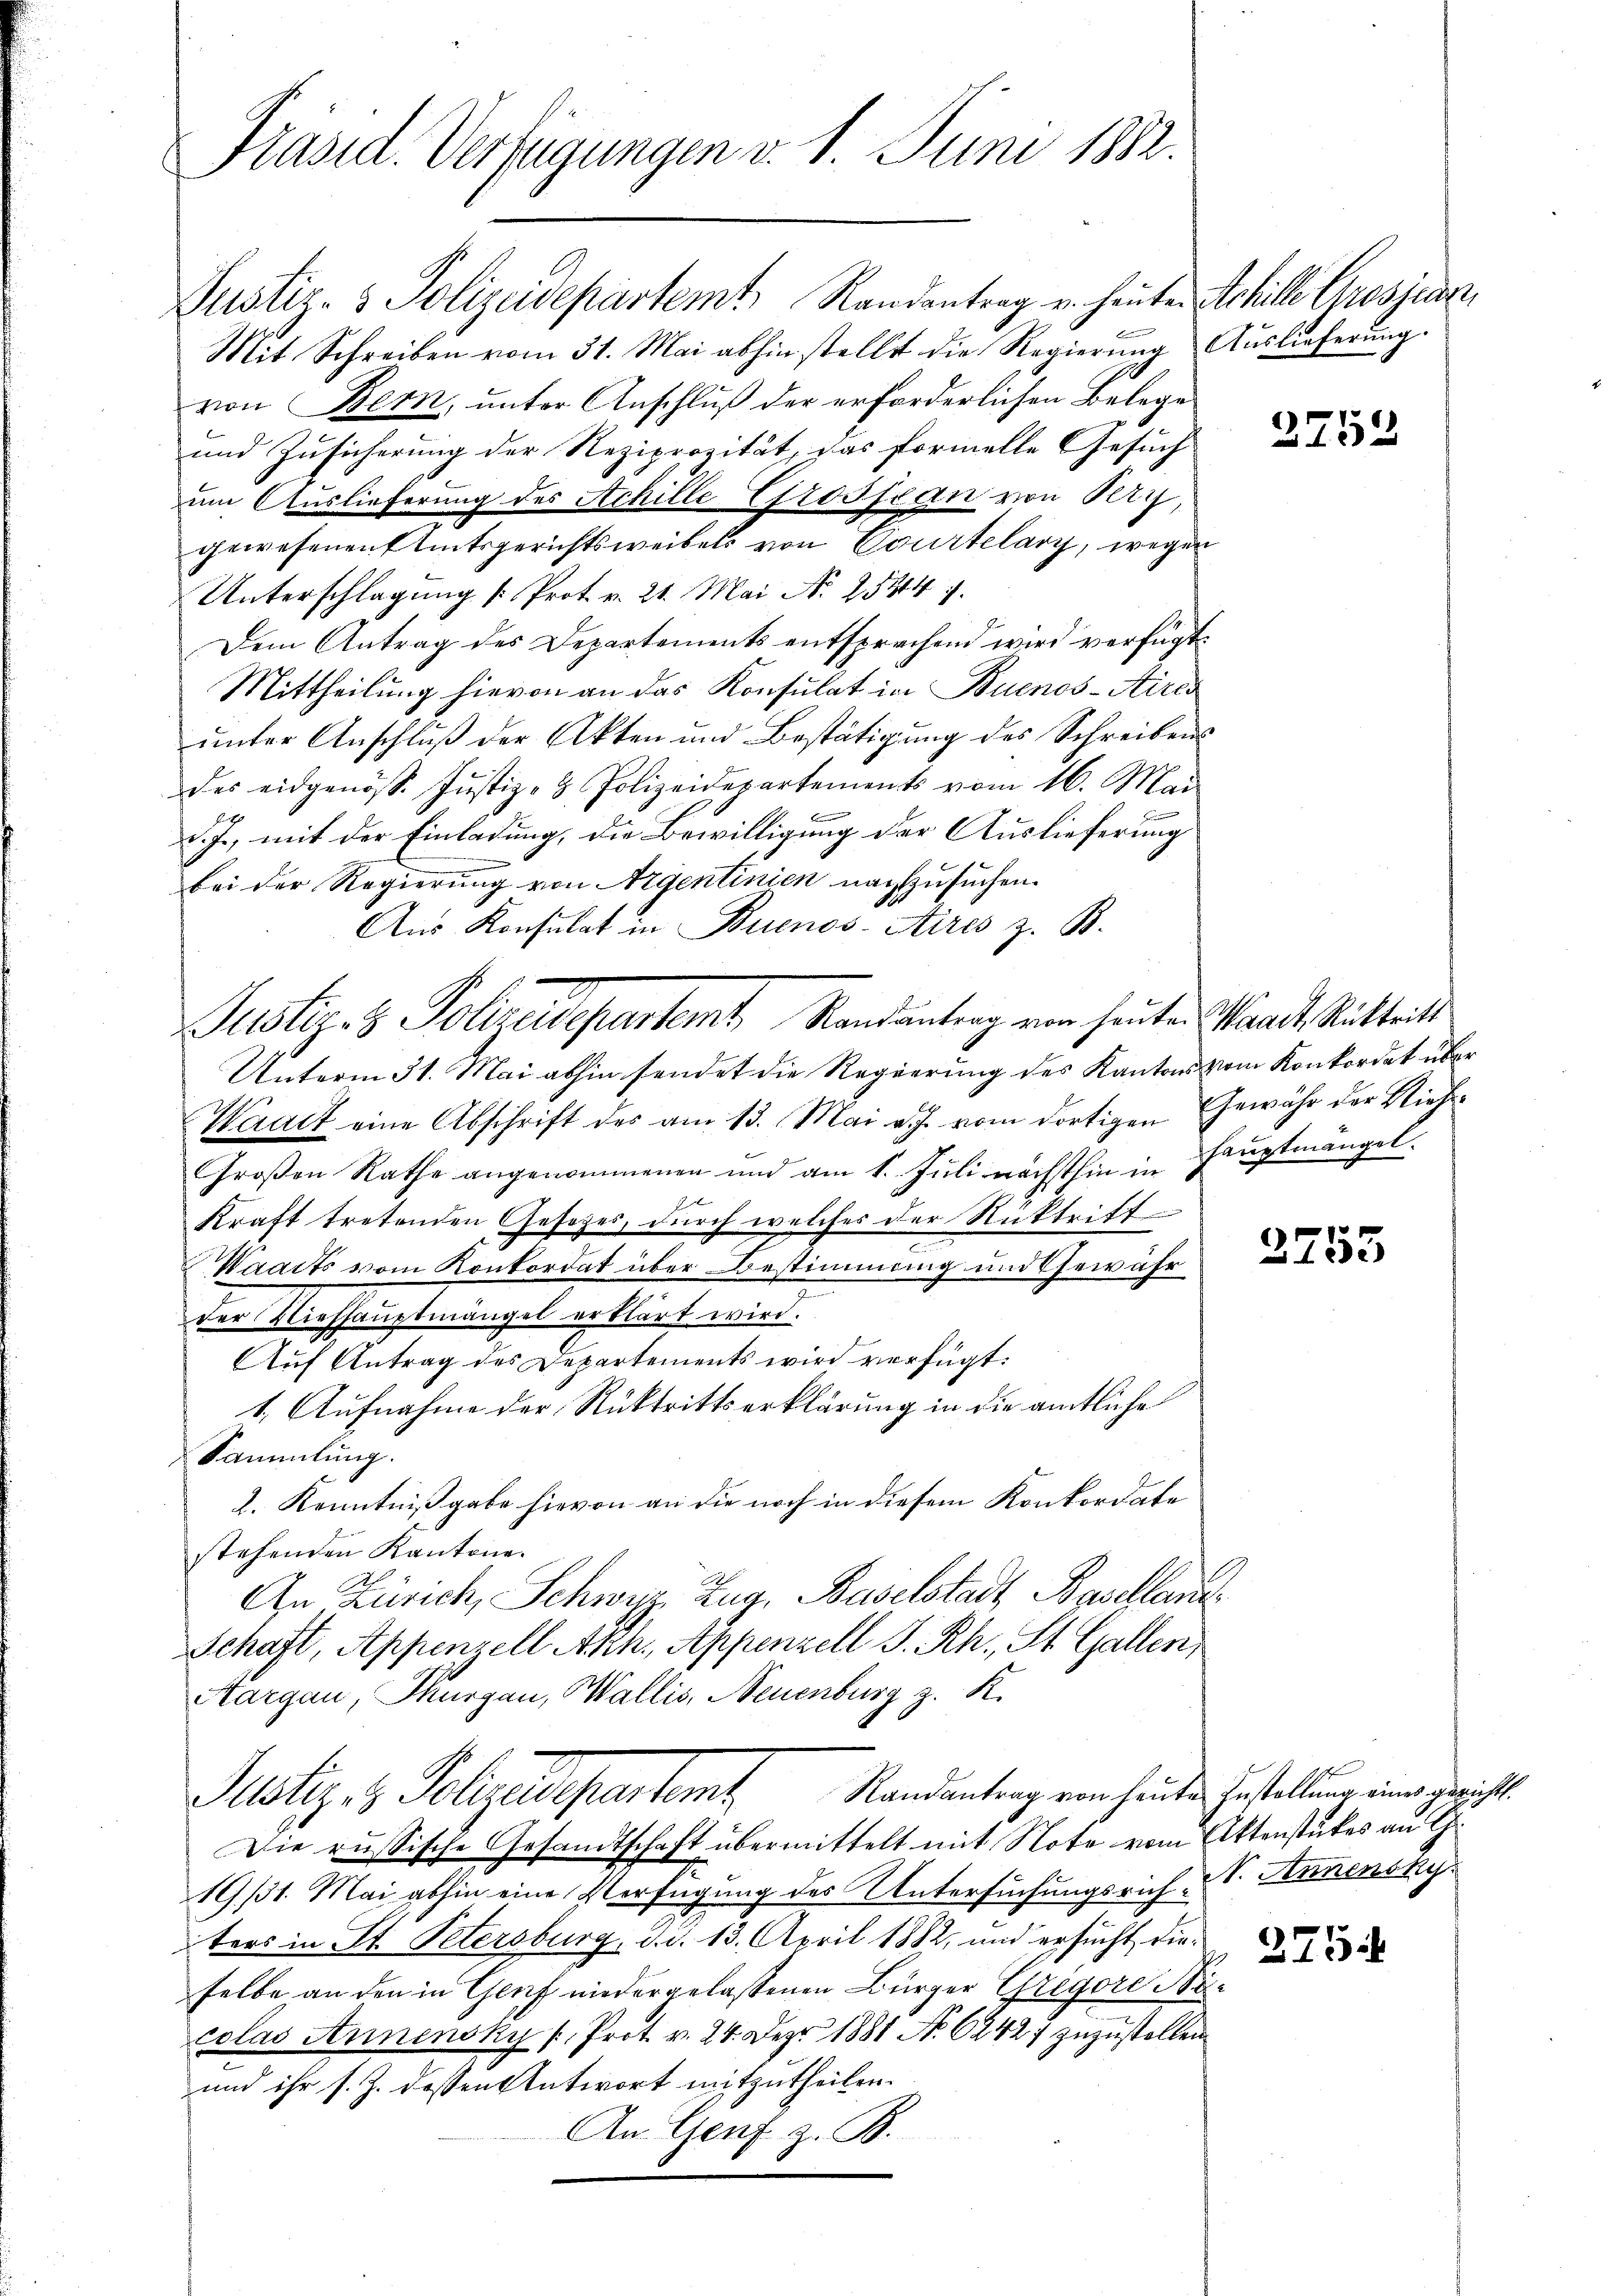
Präsid. Verfügungen d. 1. Juni 1882.

Justiz- & Polizeidepartamt Randantrag von heuten Waadt Ritteilt

Justiz- & Polizeidepartemt, Randentrag u. heute Schille Grosjedern,
Mit Schreiben vom 31. Mai abhin stellt die Regierung Auslieferung.
von Bern, unter Anschluß der erforderlichen Belege
und Zusicherung der Reziprozität, das formelle Gesuch
um Auslieferung des Achille Grossian von Kry,
gewesenen Amtsgerichtsweibels von Courtelary, wegen
Unterschlagung [Prot. v. 21. Mai N. 25314 f.
Dem Antrag des Departements entsprechend wird verfügt:
Mittheilung hievon an das Konsulat in Buenos-Aires
unter Anschluß der Akten und Bestätigung des Schreibens
des eidgenöss. Jŭstiz- & Polizeidepartements vom 16. Mai
B
d. J., mit der Einladung, die Bewilligung der Auslieferung
bei der Regierung von Argentinien nachzusuchen.
Aus Konsulat in Buenos-Aires z. B.
Unterm 31. Mai abhin sendet die Regierung des Kantons vom Konkordat über
Waadt eine Abschrift des am 13. Mai v. J. vom dortigen Ehewähr der Rich¬
Großen Rathe angenommenen und am 1. Juli nächsthin in Hauptmängel.
Kraft tretenden Gesetzes, durch welches der Rücktritt
Waacts vom Konkordat über Bestimmung und Gewähr
der Viehhauptmängel erklärt wird.
Auf Antrag des Departements wird verfügt:
1. Aufnahme der Rücktrittserklärung in die amtliche
Sammlung.
2. Kenntnißgabe hievon an die noch in diesem Konkordate
stehenden Kantone.
An Zürich, Schwyz, Zug, Baselstadt Basellant
Schaft, Appenzell Akn., Appenzell S. Rh., St. Gallen
Aargau, Thurgau, Wallis, Neuenburg z. R.
Justiz- & Polizeidepartemt. Randantrag vom heuten Gestellung eine gericht.
Die russische Gesandtschaft übermittelt mit Note vom Aktenstükes an G
19/31. Mai abhin eine Verfügung des Untersuchungsrich, V. Annensky
ters in St. Petersburg, d. d. 13. April 1882, und ersucht dieselbe an den in Genf niedergelassenen Bürger Gregore Nür
colas Annensky /, Prot. v. 24. Dez. 1881 N. 6242; zuzustellen
und ihr s. Z. dessen Antwort mitzutheilen.
An Genf z. B.

2752

2753

2754